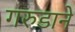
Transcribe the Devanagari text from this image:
गरुडाने